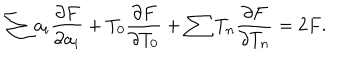
\sum a _ { i } \frac { \partial F } { \partial a _ { i } } + T _ { 0 } \frac { \partial F } { \partial T _ { 0 } } + \sum T _ { n } \frac { \partial F } { \partial T _ { n } } = 2 F .